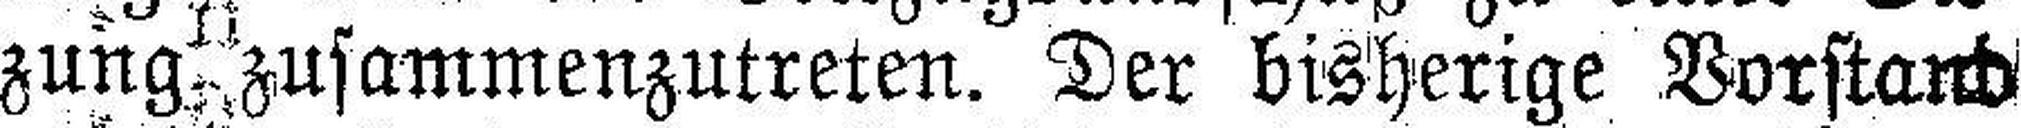
zung zusammenzutreten. Der bisherige Vorstand